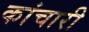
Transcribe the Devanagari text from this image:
कांचारी